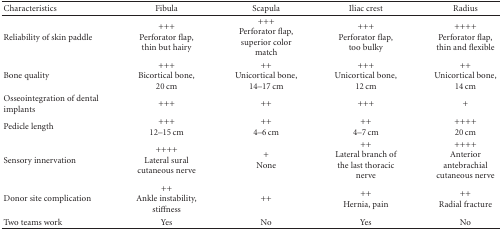
<table><thead><tr><td><b> Characteristics</b></td><td><b>Fibula</b></td><td><b>Scapula</b></td><td><b>Iliac crest</b></td><td><b>Radius</b></td></tr></thead><tbody><tr><td>Reliability of skin paddle</td><td>+++Perforator flap, thin but hairy</td><td>+++Perforator flap, superior color match</td><td>+++Perforator flap, too bulky</td><td>++++Perforator flap, thin and flexible</td></tr><tr><td>Bone quality</td><td>+++Bicortical bone, 20 cm</td><td>++Unicortical bone, 14–17 cm</td><td>+++Unicortical bone, 12 cm</td><td>++Unicortical bone, 14 cm</td></tr><tr><td>Osseointegration of dental implants</td><td>+++</td><td>++</td><td>+++</td><td>+</td></tr><tr><td>Pedicle length</td><td>+++12–15 cm</td><td>++4–6 cm</td><td>++4–7 cm</td><td>++++20 cm</td></tr><tr><td>Sensory innervation</td><td>++++Lateral sural cutaneous nerve</td><td>+None</td><td>++ Lateral branch of the last thoracic nerve</td><td>++++Anterior antebrachial cutaneous nerve</td></tr><tr><td>Donor site complication</td><td>++Ankle instability, stiffness</td><td>++</td><td>++Hernia, pain</td><td>++Radial fracture</td></tr><tr><td>Two teams work</td><td>Yes</td><td>No</td><td>Yes</td><td>No</td></tr></tbody></table>